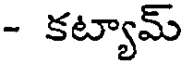
- కట్యామ్